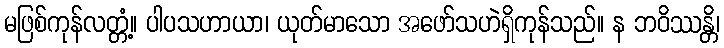
မဖြစ်ကုန်လတ္တံ့။ ပါပသဟာယာ၊ ယုတ်မာသော အဖော်သဟဲရှိကုန်သည်။ န ဘဝိဿန္တိ၊